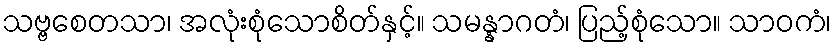
သဗ္ဗစေတသာ၊ အလုံးစုံသောစိတ်နှင့်။ သမန္နာဂတံ၊ ပြည့်စုံသော။ သာဝကံ၊